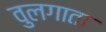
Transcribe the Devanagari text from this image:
वुलगाता